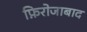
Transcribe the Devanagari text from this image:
फ़िरोजाबाद